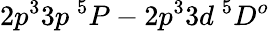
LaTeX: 2p^{3}3p~^{5}P-2p^{3}3d~^{5}D^{o}